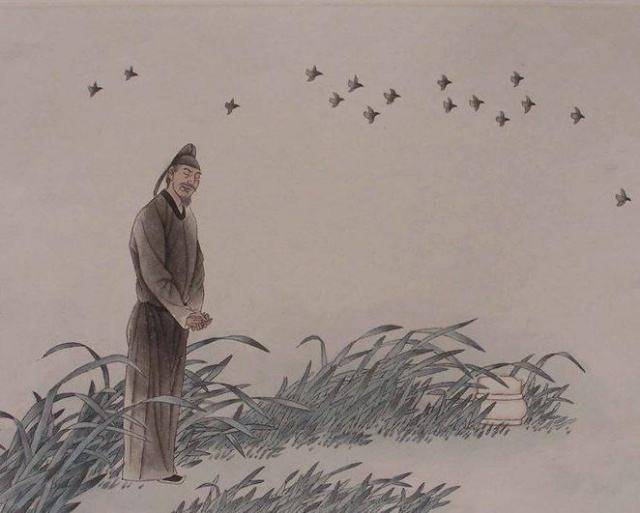
国破山河在，城春草木深。